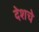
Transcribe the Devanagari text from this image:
देशचे